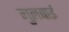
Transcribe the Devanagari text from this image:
गुलबाई